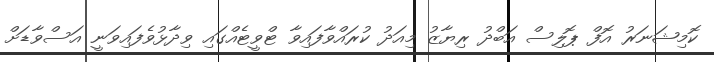
ކޮމިޝަނަރު އޮފް ޕޮލިސް އަބްދު ރިޔާޒު މިއަދު ކުރައްވާފައިވާ ޓްވީޓެއްގައި ވިދާޅުވެފައިވަނީ އަސްވާޑަށް